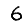
Digit: 6